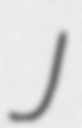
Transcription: J